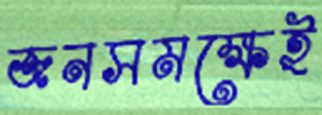
জনসমক্ষেই